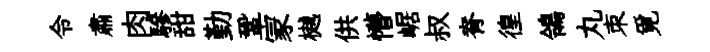
令肅肉驂甜勤鞏冡樾供懵崌叔脊徨鴒丸朿覓